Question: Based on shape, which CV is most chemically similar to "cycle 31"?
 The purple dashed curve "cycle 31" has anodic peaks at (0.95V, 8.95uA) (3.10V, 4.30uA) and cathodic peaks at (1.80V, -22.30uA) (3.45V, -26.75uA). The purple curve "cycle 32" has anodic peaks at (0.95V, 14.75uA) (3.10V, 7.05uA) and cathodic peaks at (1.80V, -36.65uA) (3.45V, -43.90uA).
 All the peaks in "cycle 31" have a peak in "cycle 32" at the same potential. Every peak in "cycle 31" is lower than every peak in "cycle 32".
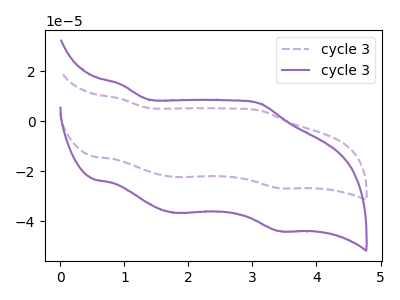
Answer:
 <answer>The CV with the most similar shape to "cycle 32" is "cycle 31".</answer>
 <eval>"cycle 31"</eval>